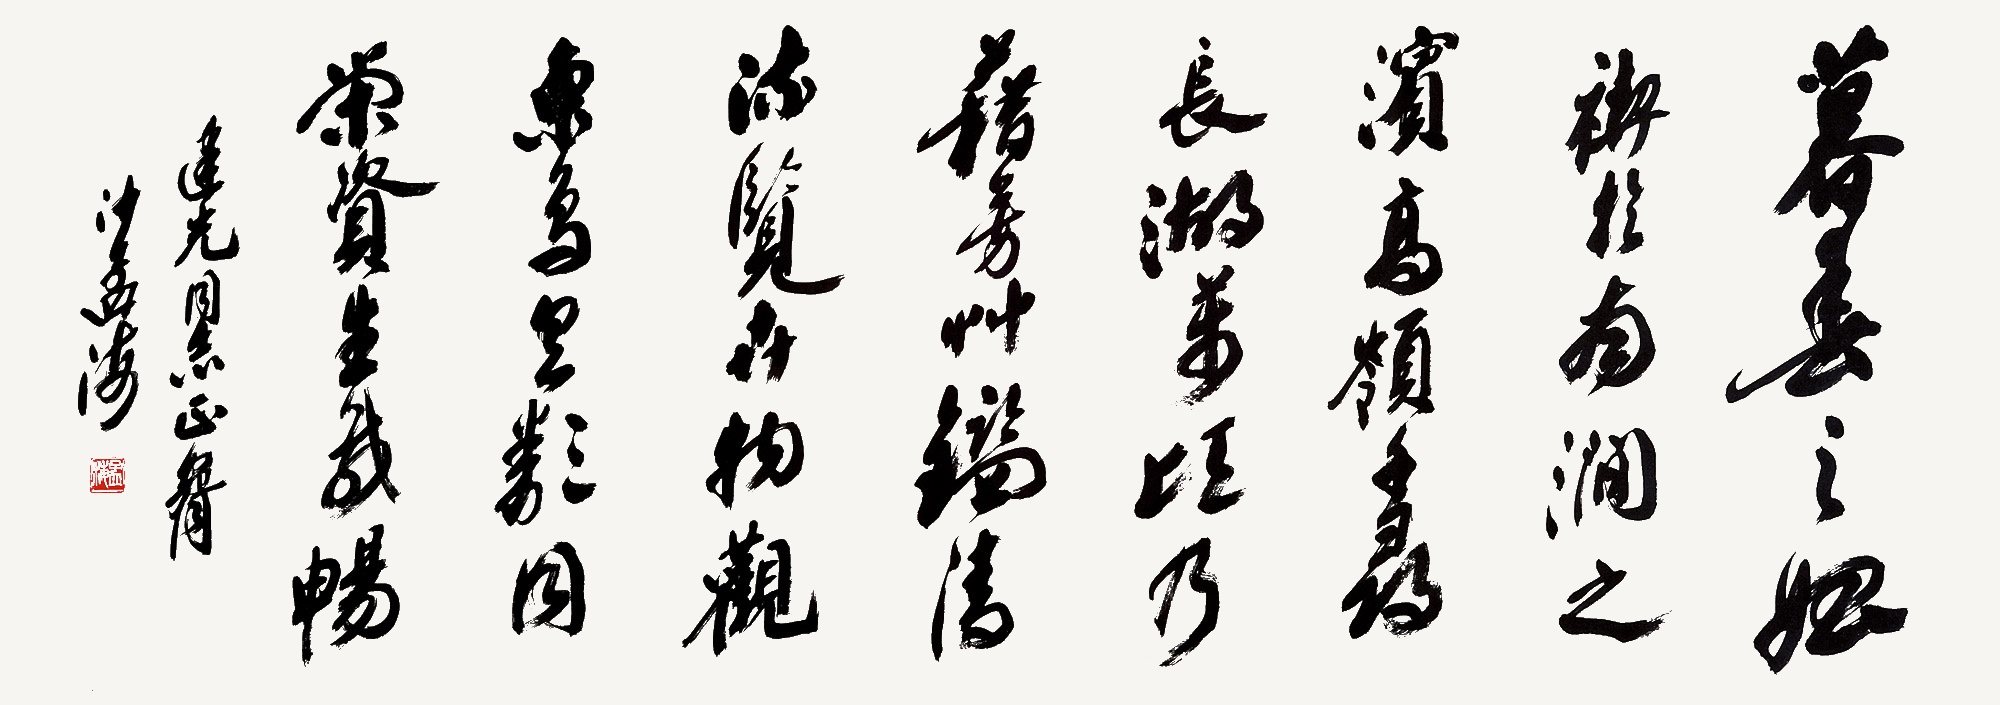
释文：暮春之始，褉于南涧之滨。高岭千寻，长湖万顷，乃藉芳草，鉴清流，览卉物，观鱼鸟。具类同荣，资生咸畅。建光同志正腕，沙孟海。